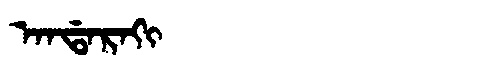
Manchu: ᠠᠨᡩᠠᡵᠠᡴᡳ
Romanization: ANDARAKI